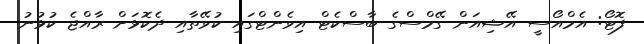
ފޮޓޯ: އެމްއޯސީ އޭޝިއަން ގޭމްސްގެ ބާސްކެޓް އިވެންޓްގައި ކުވޭތާއި ދެކޮޅަށް ރާއްޖެ ކުޅުނު